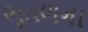
ભૂતળના